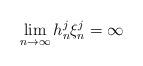
LaTeX: \begin{align*}\lim_{n\to\infty}h_n^j\xi_n^j=\infty\end{align*}